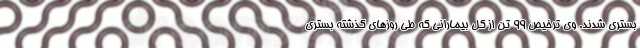
بستری شدند. وی ترخیص ۹۹ تَن از کل بیمارانی که طی روزهای گذشته بستری